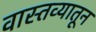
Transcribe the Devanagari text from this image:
वास्तव्यातून